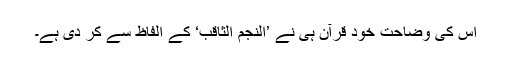
اس کی وضاحت خود قرآن ہی نے ’اَلنَّجْمُ الثَّاقِبُ‘ کے الفاظ سے کر دی ہے۔